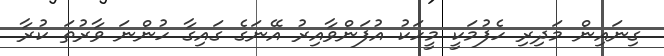
ގިނައިން މަދިރި ހެފުމަކީ މީހަކު އުފަންވާއިރު އޭނަގެ ގައިގާ ހުންނަ ވާރުތަ ކުރާ